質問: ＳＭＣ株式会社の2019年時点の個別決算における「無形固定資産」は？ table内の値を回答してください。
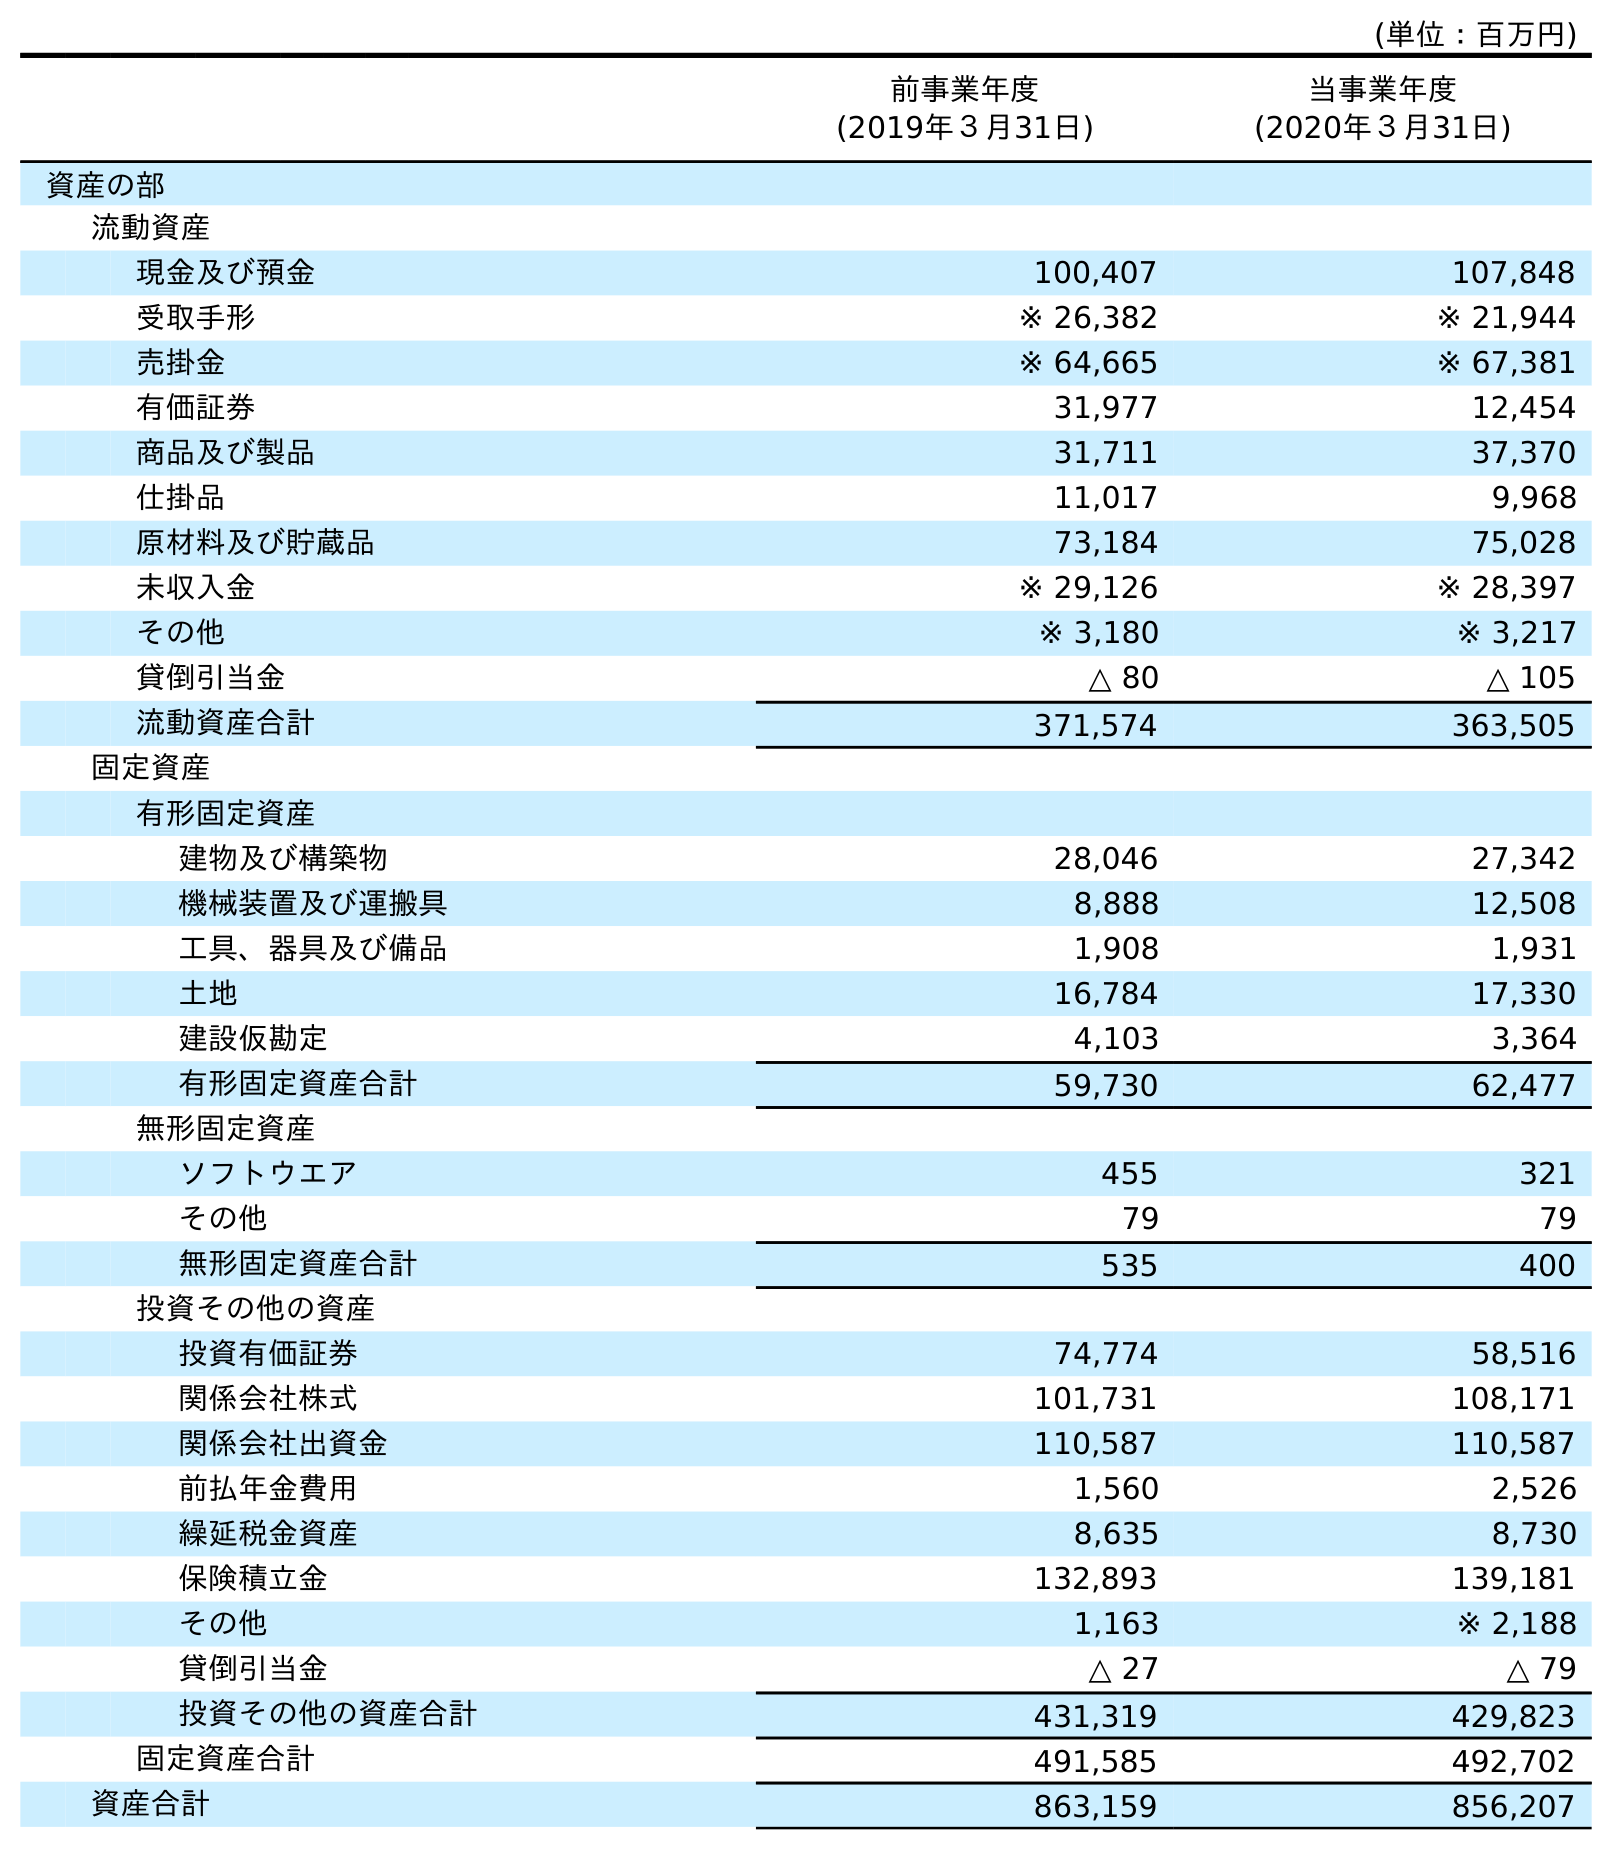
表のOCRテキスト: (単位：百万円) 前事業年度 (2019年３月31日) 当事業年度 (2020年３月31日) 資産の部 流動資産 現金及び預金 100,407 107,848 受取手形 ※ 26,382 ※ 21,944 売掛金 ※ 64,665 ※ 67,381 有価証券 31,977 12,454 商品及び製品 31,711 37,370 仕掛品 11,017 9,968 原材料及び貯蔵品 73,184 75,028 未収入金 ※ 29,126 ※ 28,397 その他 ※ 3,180 ※ 3,217 貸倒引当金 △ 80 △ 105 流動資産合計 371,574 363,505 固定資産 有形固定資産 建物及び構築物 28,046 27,342 機械装置及び運搬具 8,888 12,508 工具、器具及び備品 1,908 1,931 土地 16,784 17,330 建設仮勘定 4,103 3,364 有形固定資産合計 59,730 62,477 無形固定資産 ソフトウエア 455 321 その他 79 79 無形固定資産合計 535 400 投資その他の資産 投資有価証券 74,774 58,516 関係会社株式 101,731 108,171 関係会社出資金 110,587 110,587 前払年金費用 1,560 2,526 繰延税金資産 8,635 8,730 保険積立金 132,893 139,181 その他 1,163 ※ 2,188 貸倒引当金 △ 27 △ 79 投資その他の資産合計 431,319 429,823 固定資産合計 491,585 492,702 資産合計 863,159 856,207
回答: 535